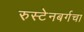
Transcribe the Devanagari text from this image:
रुस्टेनबर्गचा